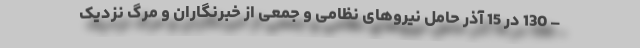
– 130 در 15 آذر حامل نیروهای نظامی و جمعی از خبرنگاران و مرگ نزدیک